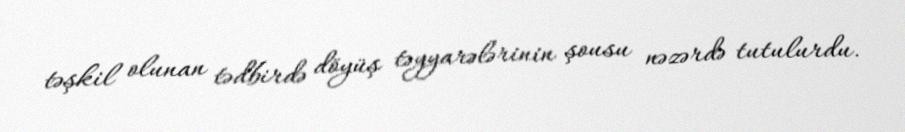
təşkil olunan tədbirdə döyüş təyyarələrinin şousu nəzərdə tutulurdu.